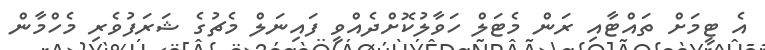
އެ ޓީމަށް ތައްޓާއި ރަން މެޓަލް ހަވާލުކޮށްދެއްވީ ފައިނަލް މެޗުގެ ޝަރަފުވެރި މެހްމާން